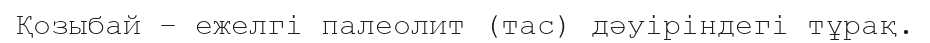
Қозыбай – ежелгі палеолит (тас) дәуіріндегі тұрақ.